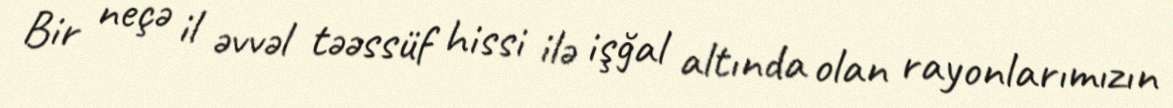
Bir neçə il əvvəl təəssüf hissi ilə işğal altında olan rayonlarımızın